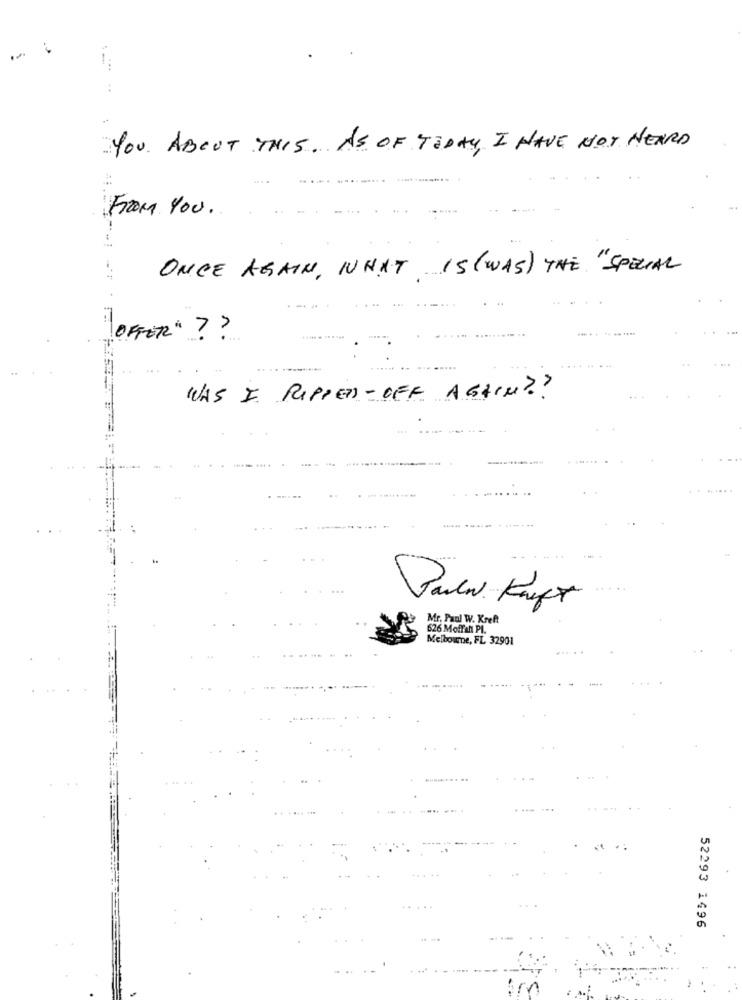
YOU ABOUT THIS. AS OF TODAY, I HAVE NOT HEARD
From You.
ONCE AGAIN, WHAT IS (WAS) THE "SPECIAL
OFFER" ? ?
WAS I RIPPED- OFF AGAIN ??
....
Mr. Paul W. Kreft
626 Moffan PI.
Melbourne, FL 32901
52293 1496
Arv